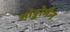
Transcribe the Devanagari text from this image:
ओट्टोमैन